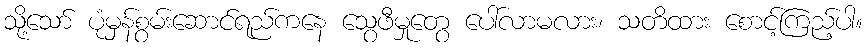
သို့သော် ပုံမှန်စွမ်းဆောင်ရည်ကနေ သွေဖီမှုတွေ ပေါ်လာမလား၊ သတိထား စောင့်ကြည့်ပါ။